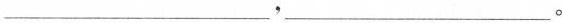
___，___。